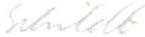
Schildt